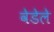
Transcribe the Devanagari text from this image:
वेडेले